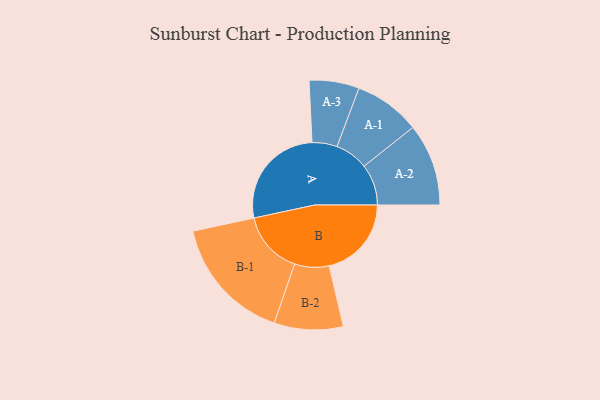
{"axis": {"x": "Segment", "y": "Value"}, "legend": ["", "A", "B"], "data": [{"x": "A", "y": 481, "type": ""}, {"x": "B", "y": 372, "type": ""}, {"x": "A-1", "y": 150, "type": "A"}, {"x": "A-2", "y": 186, "type": "A"}, {"x": "A-3", "y": 113, "type": "A"}, {"x": "B-1", "y": 285, "type": "B"}, {"x": "B-2", "y": 156, "type": "B"}]}